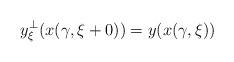
LaTeX: \begin{align*}y_\xi^\bot (x(\gamma ,\xi +0))=y(x(\gamma ,\xi ))\end{align*}